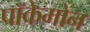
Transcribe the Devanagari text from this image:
पॉकेमोन